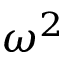
\omega ^ { 2 }